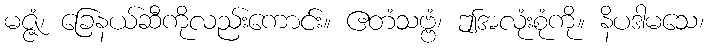
မဇ္ဇံ၊ ခြေနယ်ဆီကိုလည်းကောင်း။ ဧတံသဗ္ဗံ၊ ဤအလုံးစုံကို။ နိပဒါမသေ၊